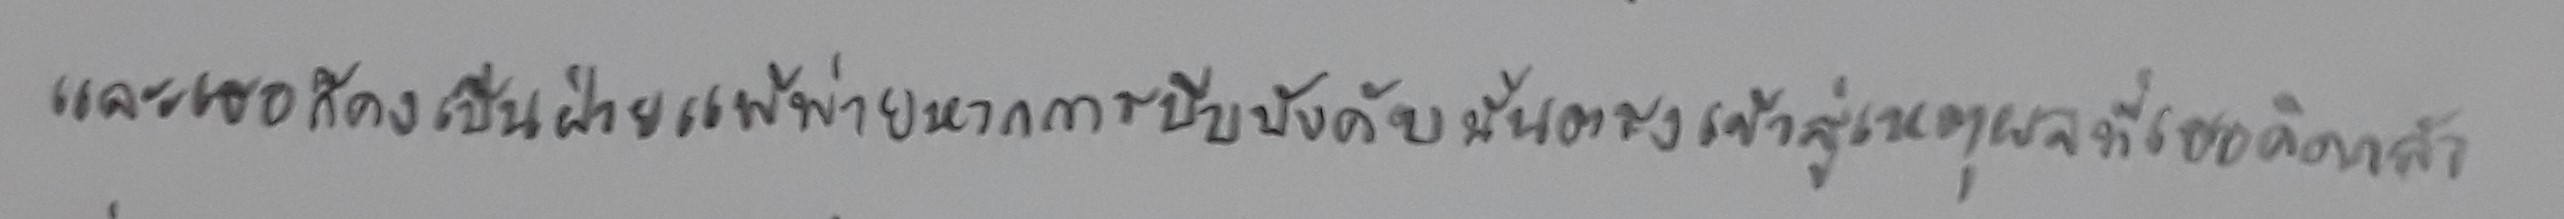
และเธอก็คงเป็นฝ่ายแพ้พ่ายหากการบีบบังคับนั้นตรงเข้าสู่เหตุผลที่เธอคิดกลัว